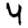
Digit: 4